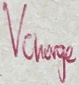
Text: Vchage